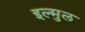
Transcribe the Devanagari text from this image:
इल्मुल